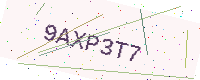
Text: 9AXP3T7